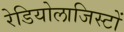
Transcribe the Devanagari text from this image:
रेडियोलाजिस्टों